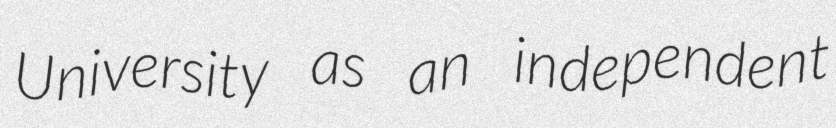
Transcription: University as an independent